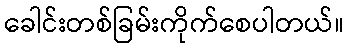
ခေါင်းတစ်ခြမ်းကိုက်စေပါတယ်။